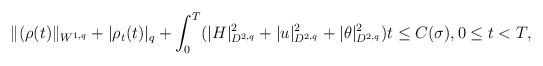
LaTeX: \begin{align*}\|(\rho(t)\|_{W^{1,q}}+|\rho_t(t)|_q+\int_0^T(|H|^2_{D^{2,q}}+|u|^2_{D^{2,q}}+|\theta|^2_{D^{2,q}})t\leq C(\sigma),0\leq t< T,\end{align*}